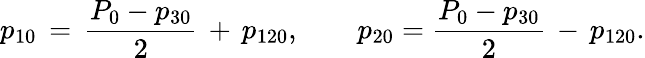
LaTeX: p_{10}\, =\, {\frac{P_{0}-p_{30}}{2}}\, +\, p_{120},\qquad p_{20}={\frac{P_{0}-p_{30}}{2}}\, -\, p_{120}.